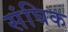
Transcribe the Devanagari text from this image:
संघिक